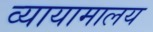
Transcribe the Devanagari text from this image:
व्यायामालय